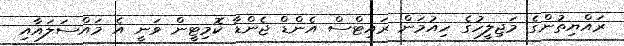
ރައްޔިތުންގެ މަޖިލީހުގެ ހިއުމަން ރައިޓްސް އެންޑް ޖެންޑާ ކޮމިޓީން ވަނީ އެ މައްސަލައާއި